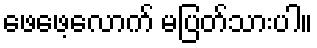
ဖေဖေ့လောက် မပြတ်သားပါ။